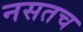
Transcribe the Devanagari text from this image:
नसतच